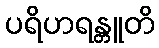
ပရိဟရန္တူတိ